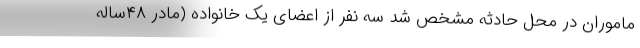
ماموران در محل حادثه مشخص شد سه نفر از اعضای یک خانواده (مادر ۴۸ساله